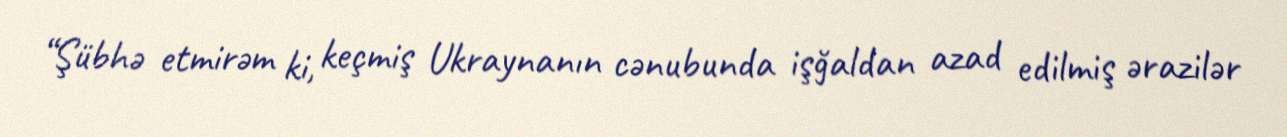
“Şübhə etmirəm ki, keçmiş Ukraynanın cənubunda işğaldan azad edilmiş ərazilər